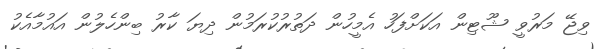
ވިޖޭ މަރުވީ ޝޫޓިން އަކަށްފަހު އެމީހުން ދަތުރުކުރަމުން ދިޔަ ކާރު ބިންހެލުން އައުމާއެކު